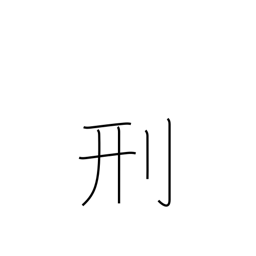
Meaning: punish